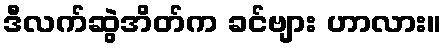
ဒီလက်ဆွဲအိတ်က ခင်ဗျား ဟာလား။